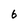
Character: 6